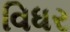
વિધર